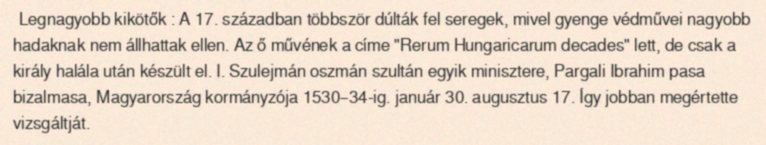
Legnagyobb kikötők : A 17. században többször dúlták fel seregek, mivel gyenge védművei nagyobb hadaknak nem állhattak ellen. Az ő művének a címe "Rerum Hungaricarum decades" lett, de csak a király halála után készült el. I. Szulejmán oszmán szultán egyik minisztere, Pargali Ibrahim pasa bizalmasa, Magyarország kormányzója 1530–34-ig. január 30. augusztus 17. Így jobban megértette vizsgáltját.